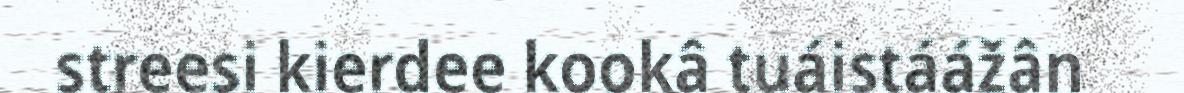
streesi kierdee kookâ tuáistáážân